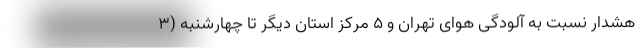
هشدار نسبت به آلودگی هوای تهران و ۵ مرکز استان دیگر تا چهارشنبه (۳